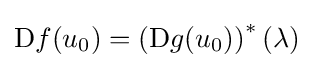
\mathrm {D} f(u_{0})=\left(\mathrm {D} g(u_{0})\right)^{*}(\lambda )